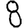
Digit: 8